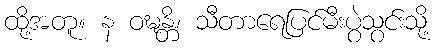
ထို့အတူ။ န ဝဍ္ဎန္တိ၊ သီတာရေပြင်မီးပွဲသွင်းသို့